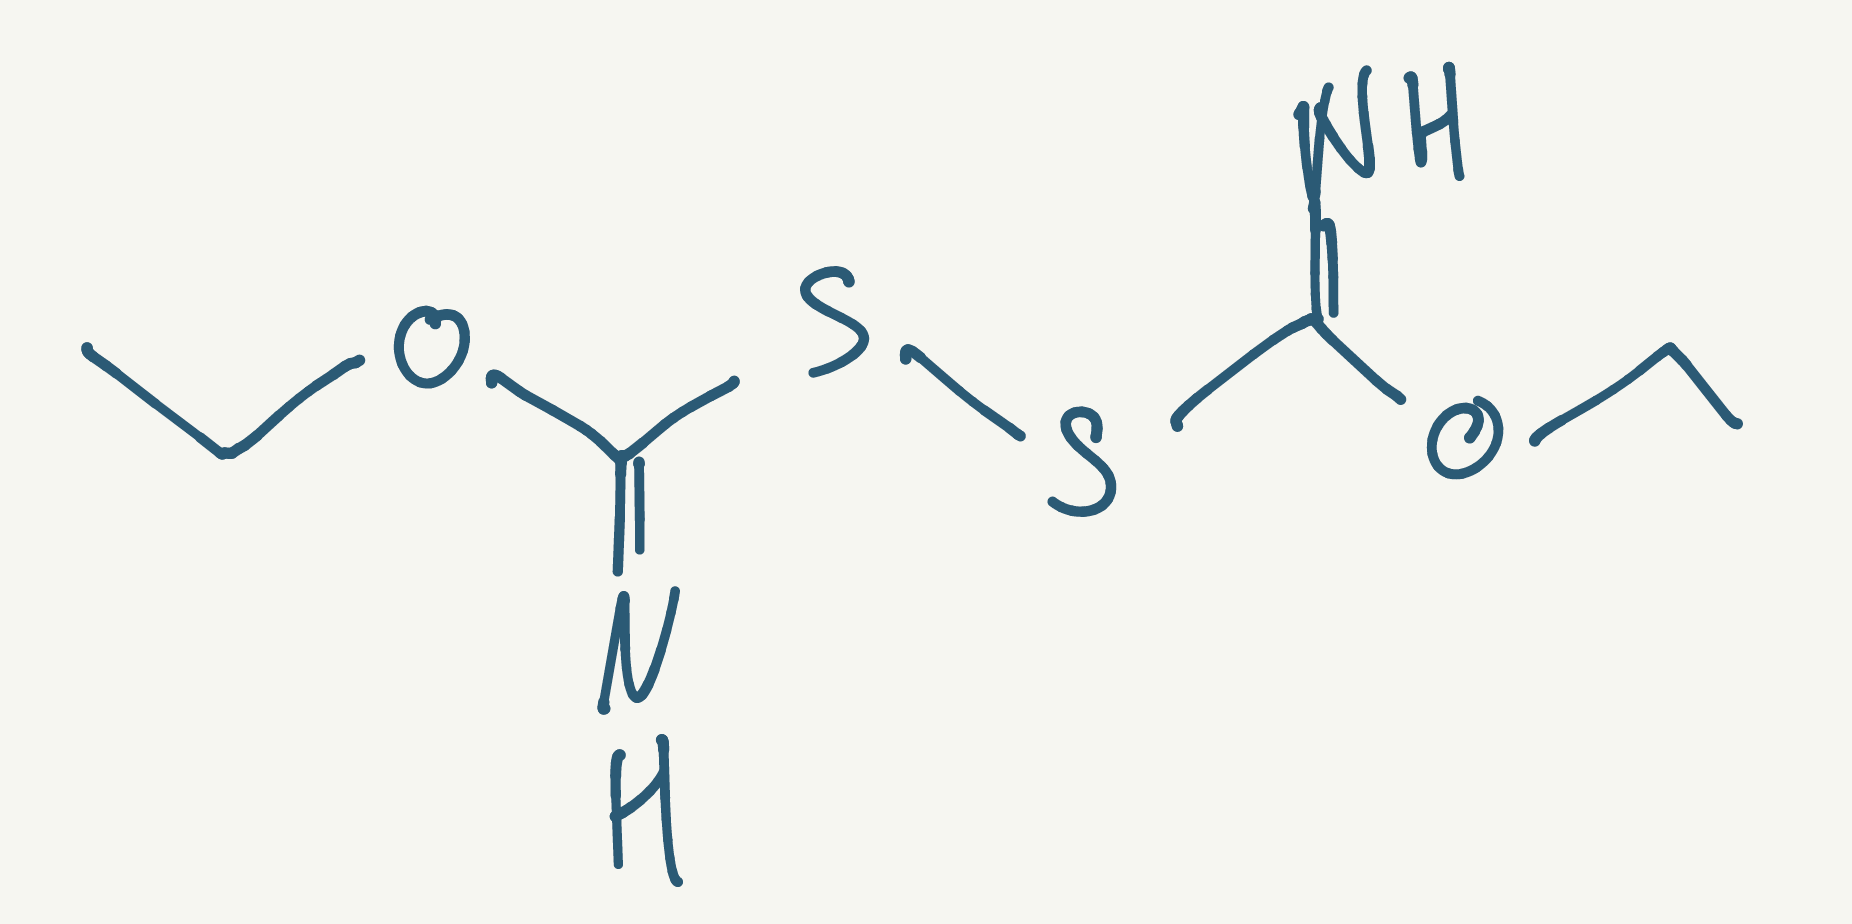
Simplified molecular-input line-entry system (SMILES) notation of the given molecule:
CCOC(=N)SSC(=N)OCC